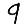
Digit: 9